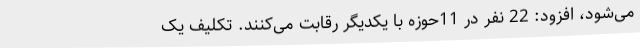
می‌شود، افزود: 22 نفر در 11حوزه با یکدیگر رقابت می‌کنند. تکلیف یک